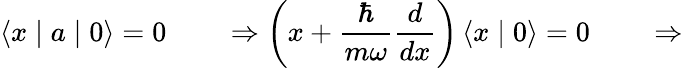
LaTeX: \left\langle x\mid a\mid 0\right\rangle=0\qquad\Rightarrow\left(x+{\frac{\hbar}{m\omega}}{\frac{d}{dx}}\right)\left\langle x\mid 0\right\rangle=0\qquad\Rightarrow